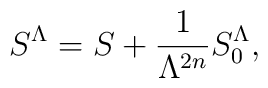
S^\Lambda = S + \frac{1}{\Lambda^{2n}} S^\Lambda_0,